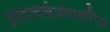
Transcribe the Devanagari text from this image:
अपत्यसंभवावरील